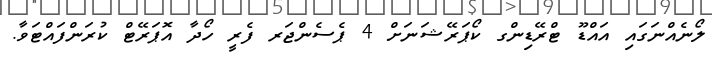
ލޯނެއްނަގައި އައްޑޫ ޓްރޭޑިންގ ކޯޕަރޭޝަނަށް 4 ޕެސެންޖަރ ފެރީ ހޯދާ އޮޕަރޭޓް ކުރަންފައްޓަވާ.